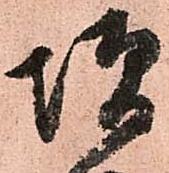
増